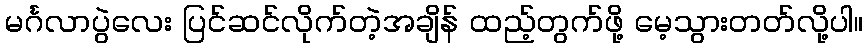
မင်္ဂလာပွဲလေး ပြင်ဆင်လိုက်တဲ့အချိန် ထည့်တွက်ဖို့ မေ့သွားတတ်လို့ပါ။